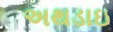
અથડાઇ